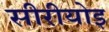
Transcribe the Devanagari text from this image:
सीरीयोइ